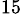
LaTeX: ^{15}